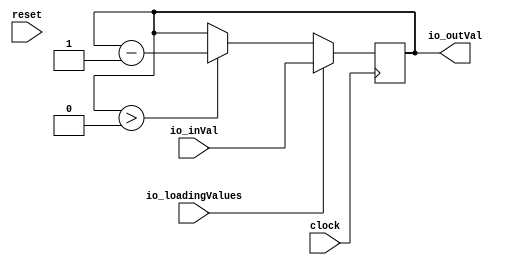
module Register(
  input         clock,
  input         reset,
  input  [15:0] io_inVal,
  input         io_loadingValues,
  output [15:0] io_outVal
);
  reg [15:0] x; // @[Register.scala 19:15]
  reg [31:0] _RAND_0;
  wire  _T; // @[Register.scala 24:13]
  wire [15:0] _T_2; // @[Register.scala 25:14]
  assign _T = x > 16'h0; // @[Register.scala 24:13]
  assign _T_2 = x - 16'h1; // @[Register.scala 25:14]
  assign io_outVal = x; // @[Register.scala 29:13]
`ifdef RANDOMIZE_GARBAGE_ASSIGN
`define RANDOMIZE
`endif
`ifdef RANDOMIZE_INVALID_ASSIGN
`define RANDOMIZE
`endif
`ifdef RANDOMIZE_REG_INIT
`define RANDOMIZE
`endif
`ifdef RANDOMIZE_MEM_INIT
`define RANDOMIZE
`endif
`ifndef RANDOM
`define RANDOM $random
`endif
`ifdef RANDOMIZE_MEM_INIT
  integer initvar;
`endif
`ifndef SYNTHESIS
initial begin
  `ifdef RANDOMIZE
    `ifdef INIT_RANDOM
      `INIT_RANDOM
    `endif
    `ifndef VERILATOR
      `ifdef RANDOMIZE_DELAY
        #`RANDOMIZE_DELAY begin end
      `else
        #0.002 begin end
      `endif
    `endif
  `ifdef RANDOMIZE_REG_INIT
  _RAND_0 = {1{`RANDOM}};
  x = _RAND_0[15:0];
  `endif // RANDOMIZE_REG_INIT
  `endif // RANDOMIZE
end // initial
`endif // SYNTHESIS
  always @(posedge clock) begin
    if (io_loadingValues) begin
      x <= io_inVal;
    end else if (_T) begin
      x <= _T_2;
    end
  end
endmodule